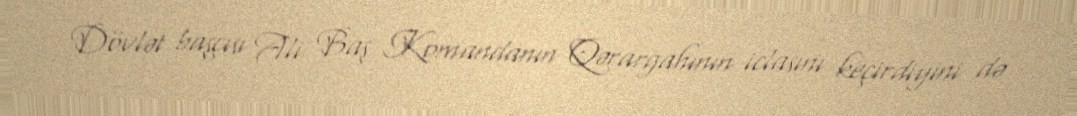
Dövlət başçısı Ali Baş Komandanın Qərargahının iclasını keçirdiyini də